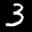
Label: 3